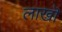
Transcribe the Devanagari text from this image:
लाखॊ